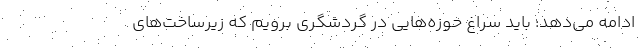
ادامه می‌دهد: باید سراغ حوزه‌هایی در گردشگری برویم که زیرساخت‌های